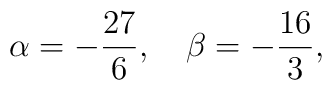
\alpha = -\frac{27}{6}, \quad \beta = -\frac{16}{3},